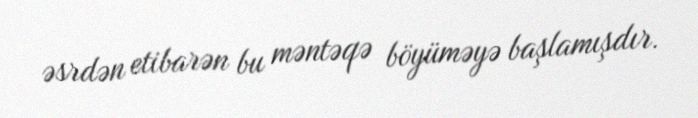
əsrdən etibarən bu məntəqə böyüməyə başlamışdır.